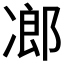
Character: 𠗷